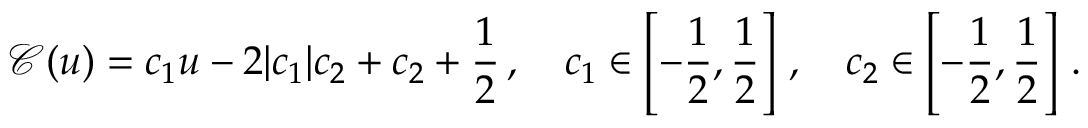
\boldsymbol { \mathcal { C } } ( \boldsymbol { u } ) = c _ { 1 } \boldsymbol { u } - 2 | c _ { 1 } | c _ { 2 } + c _ { 2 } + \frac { 1 } { 2 } \, , \quad c _ { 1 } \in \left[ - \frac { 1 } { 2 } , \frac { 1 } { 2 } \right] \, , \quad c _ { 2 } \in \left[ - \frac { 1 } { 2 } , \frac { 1 } { 2 } \right] \, .